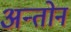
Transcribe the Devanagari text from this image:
अन्तोन